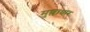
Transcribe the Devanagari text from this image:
मुश्लाधार